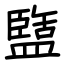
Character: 盬